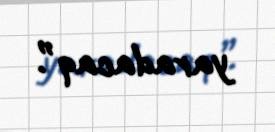
yaradacaq”.